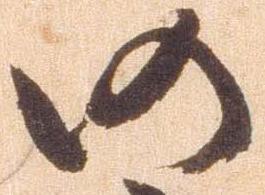
仍